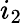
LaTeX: i_{2}